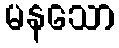
မနသော